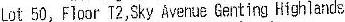
LOT 50, FLOOR T2,SKY AVENUE GENTING HIGHLANDS